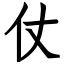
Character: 仗